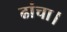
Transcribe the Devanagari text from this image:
ढांचा।